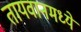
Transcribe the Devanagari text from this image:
तायवानमध्ये